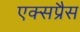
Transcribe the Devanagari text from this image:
एक्‍सप्रैस